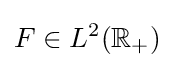
F\in L^{2}(\mathbb {R} _{+})